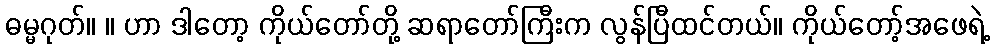
ဓမ္မဂုတ်။ ။ ဟာ ဒါတော့ ကိုယ်တော်တို့ ဆရာတော်ကြီးက လွန်ပြီထင်တယ်။ ကိုယ်တော့်အဖေရဲ့